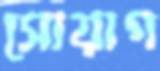
সোয়াগ